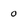
Character: 0